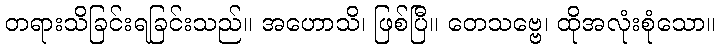
တရားသိခြင်းရခြင်းသည်။ အဟောသိ၊ ဖြစ်ပြီ။ တေသဗ္ဗေ၊ ထိုအလုံးစုံသော။